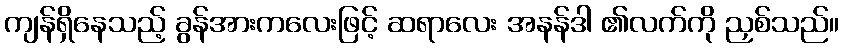
ကျန်ရှိနေသည့် ခွန်အားကလေးဖြင့် ဆရာလေး အနန်ဒါ ၏လက်ကို ညှစ်သည်။